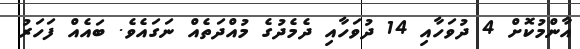
އާންމުކޮށް 4 ދުވަހާއި 14 ދުވަހާއި ދެމެދުގެ މުއްދަތެއް ނަގައެވެ. ބައެއް ފަހަރު